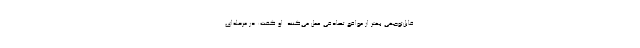
قابل‌توجهی بهتر از مواقع تصادفی عمل می‌کنند. او گفت: در مرحله‌ای